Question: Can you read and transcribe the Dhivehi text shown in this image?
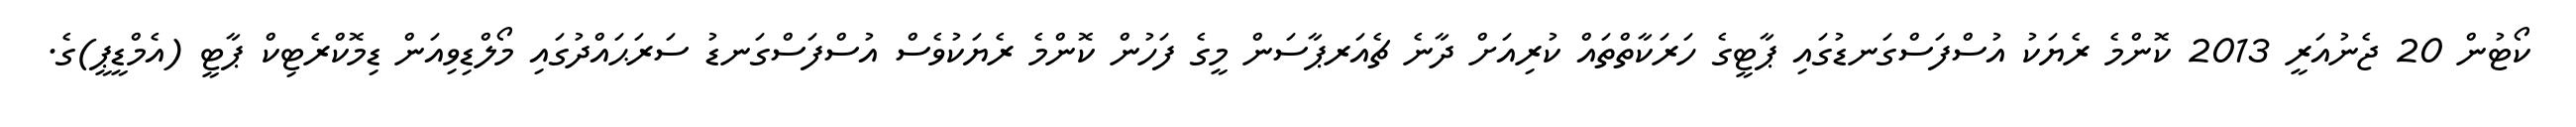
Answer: ކޯޓުން 20 ޖެނުއަރީ 2013 ކޮންމެ ރެޔަކު އުސްފަސްގަނޑުގައި ޕާޓީގެ ހަރަކާތްތައް ކުރިއަށް ދާނެ ޗެއަރޕާސަން މީގެ ފަހުން ކޮންމެ ރެޔަކުވެސް އުސްފަސްގަނޑު ސަރަޙައްދުގައި މޯލްޑިވިއަން ޑިމޮކްރެޓިކް ޕާޓީ (އެމްޑީޕީ)ގެ.